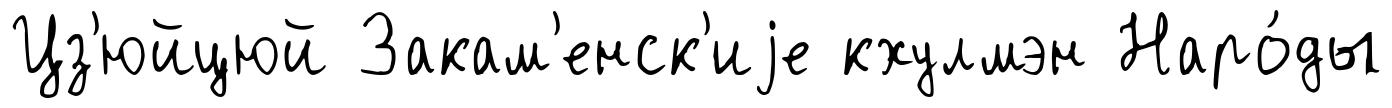
Цз'юйцюй Закам'енск'иjе кхулмэн Наро́ды